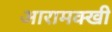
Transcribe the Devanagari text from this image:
आरामक्खी